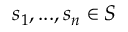
\textstyle { s _ { 1 } , . . . , s _ { n } } \in S